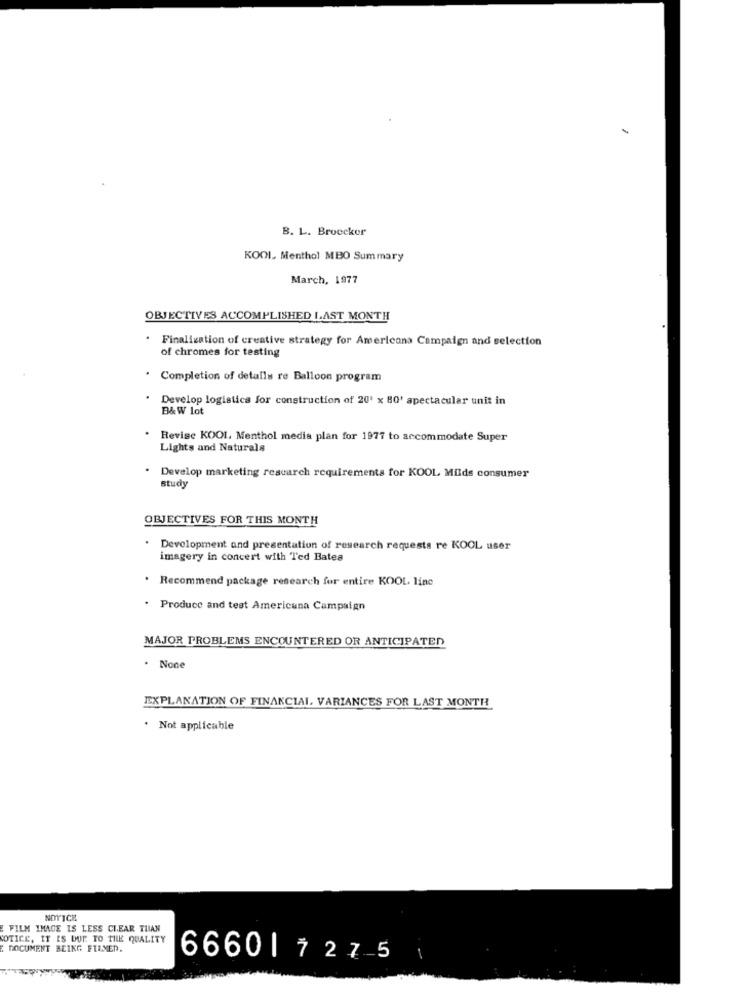
B. L. Broecker
KOOL Menthol MBO Summary
March, 1977
OBJECTIVES ACCOMPLISHED LAST MONTH
Finalization of creative strategy for Americana Campaign and selection
of chromes for testing
Completion of details re Balloon program
Develop logistics for construction of 20' x 80' spectacular unit in
B&W lot
Revise KOOL, Menthol media plan for 1977 to accommodate Super
Lights and Naturals
Develop marketing research requirements for KOOL Milds consumer
study
OBJECTIVES FOR THIS MONTH
Development and presentation of research requests re KOOL user
imagery in concert with Ted Bates
. Recommend package research for entire KOOL linc
. Produce and test Americana Campaign
MAJOR PROBLEMS ENCOUNTERED OR ANTICIPATED
. None
EXPLANATION OF FINANCIAL VARIANCES FOR LAST MONTH
. Not applicable
NOTICE
FILM IMAGE IS LESS CLEAR THAN
NOTICE, IT IS DUE TO THE QUALITY
DOCUMENT BEING FTLMED.
66601 7275